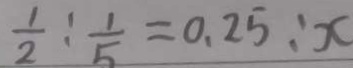
\frac { 1 } { 2 } : \frac { 1 } { 5 } = 0 . 2 5 : x